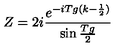
Z = 2 i \frac { e ^ { - i T g ( k - \frac { 1 } { 2 } ) } } { \sin \frac { T g } { 2 } }